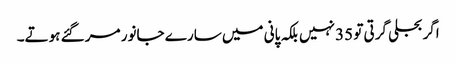
اگر بجلی گرتی تو 35 نہیں بلکہ پانی میں سارے جانور مر گئے ہوتے۔